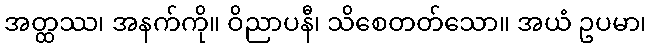
အတ္ထဿ၊ အနက်ကို။ ဝိညာပနီ၊ သိစေတတ်သော။ အယံ ဥပမာ၊